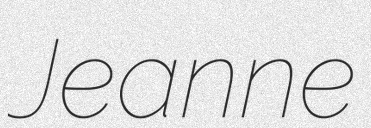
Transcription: Jeanne